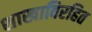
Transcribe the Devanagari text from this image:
शाखाविरहित